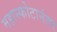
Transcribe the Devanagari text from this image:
महास्फोटानंतर